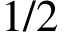
1 / 2